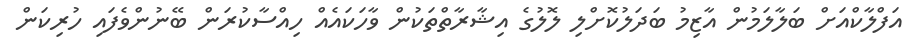
އަފްލާކްއަށް ބަލާލަމުން އާޒިމު ބަދަލުކޮށްލި ލޮލުގެ އިޝާރާތްތަކުން ވާހަކައެއް ހިއްސާކުރަން ބޭނުންވެފައި ހުރިކަން